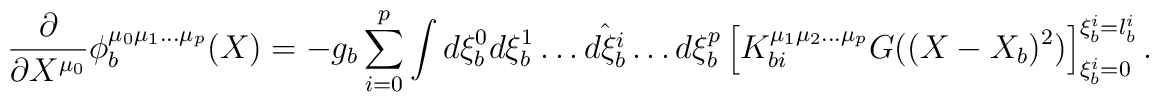
\frac{\partial}{\partial X^{\mu_0}}	\phi_{b}^{\mu_{0}\mu_{1}\ldots\mu_{p}}(X)	=	- g_{b}\sum_{i=0}^{p}	\int d\xi^0_{b}d\xi^1_{b}\ldots\hat{d\xi^{i}_{b}}\ldots d\xi^{p}_{b}	\left[	K_{bi}^{\mu_{1}\mu_{2}\ldots\mu_{p}}G((X-X_{b})^2)	\right]_{\xi_{b}^{i}=0}^{\xi_{b}^{i}=l_{b}^{i}}.